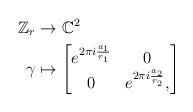
LaTeX: \begin{align*}\mathbb{Z}_{r} & \rightarrow\mathbb{C}^{2}\\\gamma & \mapsto\begin{bmatrix}e^{2\pi i\frac{a_{1}}{r_{1}}} & 0\\0 & e^{2\pi i\frac{a_{2}}{r_{2}}},\end{bmatrix}\end{align*}